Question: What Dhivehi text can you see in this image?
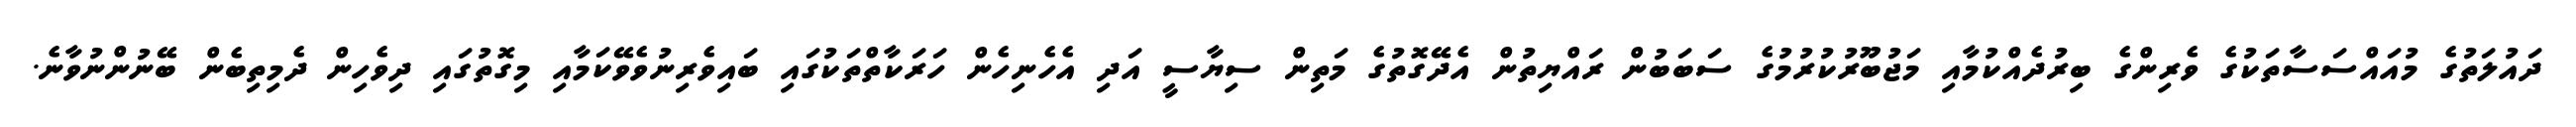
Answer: ދައުލަތުގެ މުއައްސަސާތަކުގެ ވެރިންގެ ބިރުދެއްކުމާއި މަޖުބޫރުކުރުމުގެ ސަބަބުން ރައްޔިތުން އެދޭގޮތުގެ މަތިން ސިޔާސީ އަދި އެހެނިހެން ހަރަކާތްތަކުގައި ބައިވެރިނުވެވޭކަމާއި މިގޮތުގައި ދިވެހިން ދެމިތިބެން ބޭނުންނުވާނެ.